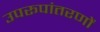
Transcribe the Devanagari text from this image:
उपरूपांतरणों